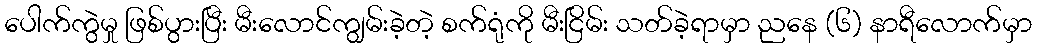
ပေါက်ကွဲမှု ဖြစ်ပွားပြီး မီးလောင်ကျွမ်းခဲ့တဲ့ စက်ရုံကို မီးငြိမ်း သတ်ခဲ့ရာမှာ ညနေ (၆) နာရီလောက်မှာ